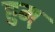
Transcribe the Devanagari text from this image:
हुम्